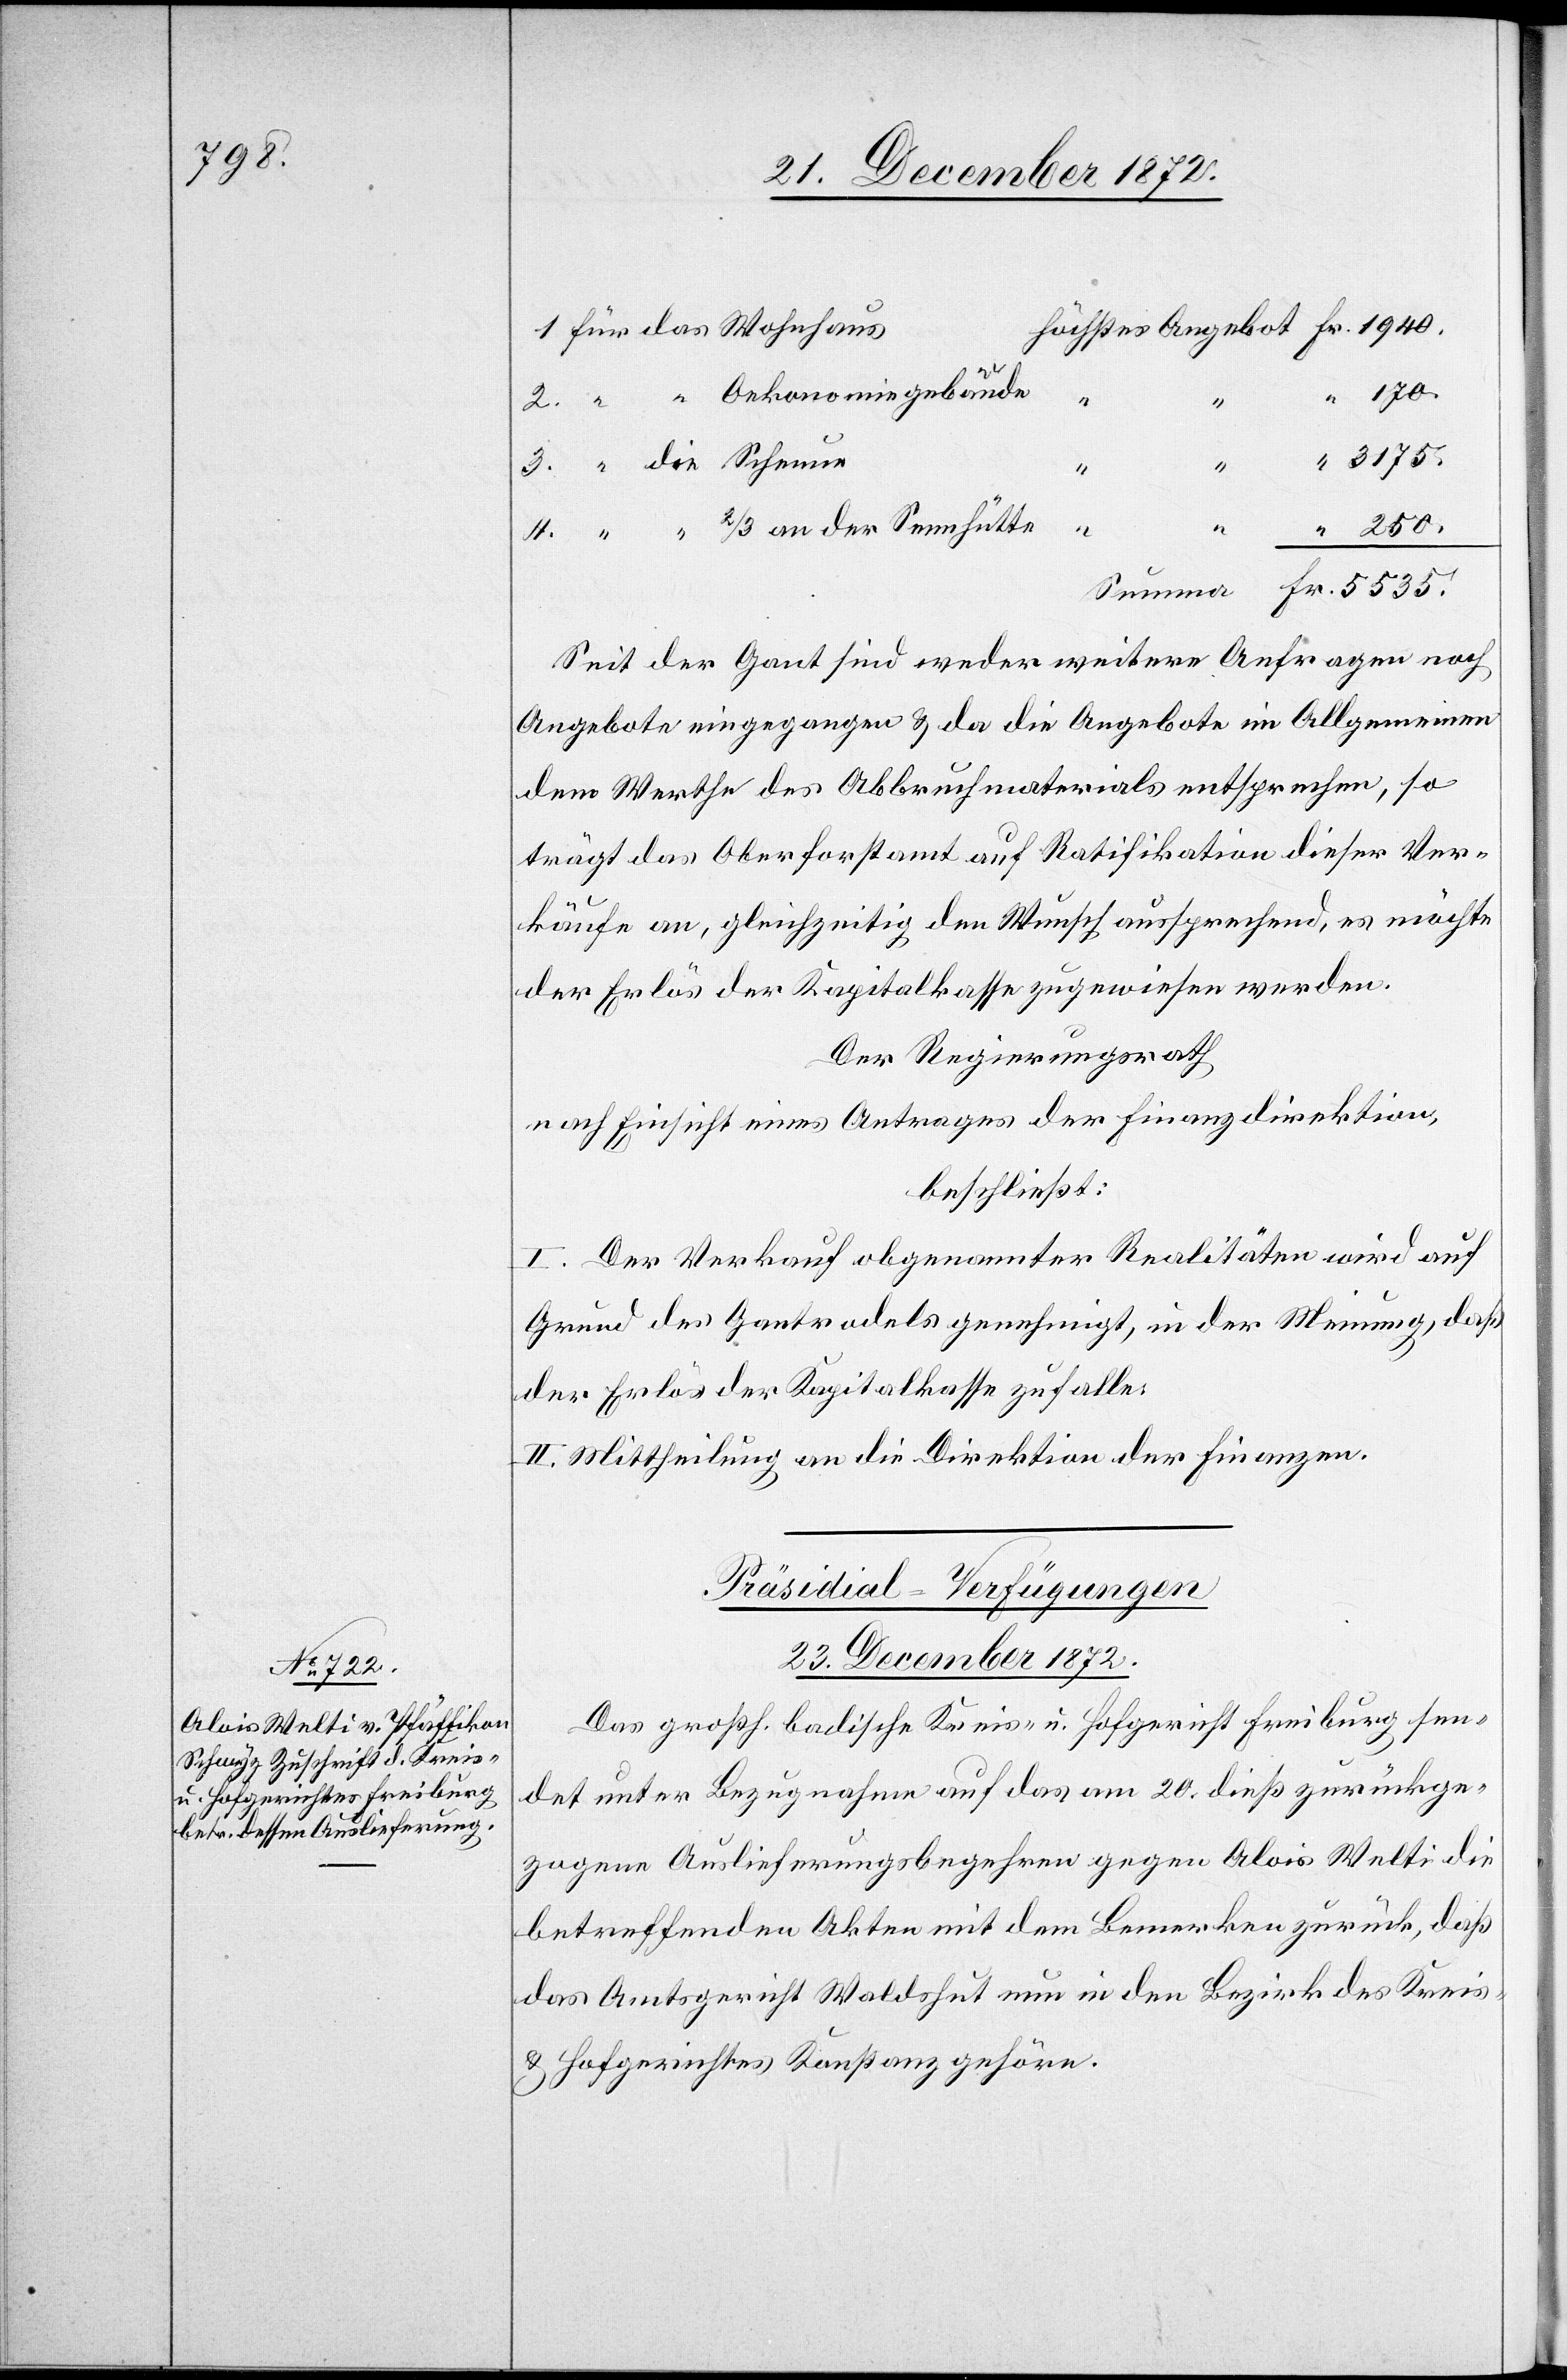
1940.

3175.
4.
2.
Seit der Gant sind weder weitere Anfragen noch
Angebote eingegangen u. da die Angebote im Allgemeinen
dem Werthe des Abbruchmaterials entsprechen, so
trägt das Oberforstamt auf Ratifikation dieser Ver¬
käufe an, gleichzeitig den Wunsch aussprechend, es möchte
der Erlös der Kapitalkasse zugewiesen werden.
Der Regierungsrath
nach Einsicht eines Antrages der Finanzdirektion,
beschließt:
I. Der Verkauf obgenannter Realitäten wird auf
Grund des Gantrodels genehmigt, in der Meinung, daß
der Erlös der Kapitalkasse zufalle.
II. Mittheilung an die Direktion der Finanzen.
Präsidial-Verfügungen
23. December 1872.
Das großh. badische Kreis- u. Hofgericht Freiburg sen¬
det unter Bezugnahme auf das am 20. dieß zurückge¬
zogene Auslieferungsbegehren gegen Alois Welti die
betreffenden Akten mit dem Bemerken zurück, daß
das Amtsgericht Waldshut nun in den Bezirk des Kreis-
u. Hofgerichtes Konstanz gehöre.
5535.